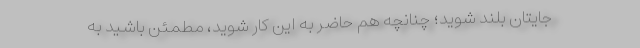
جایتان بلند شوید؛ چنانچه هم حاضر به این کار شوید، مطمئن باشید به